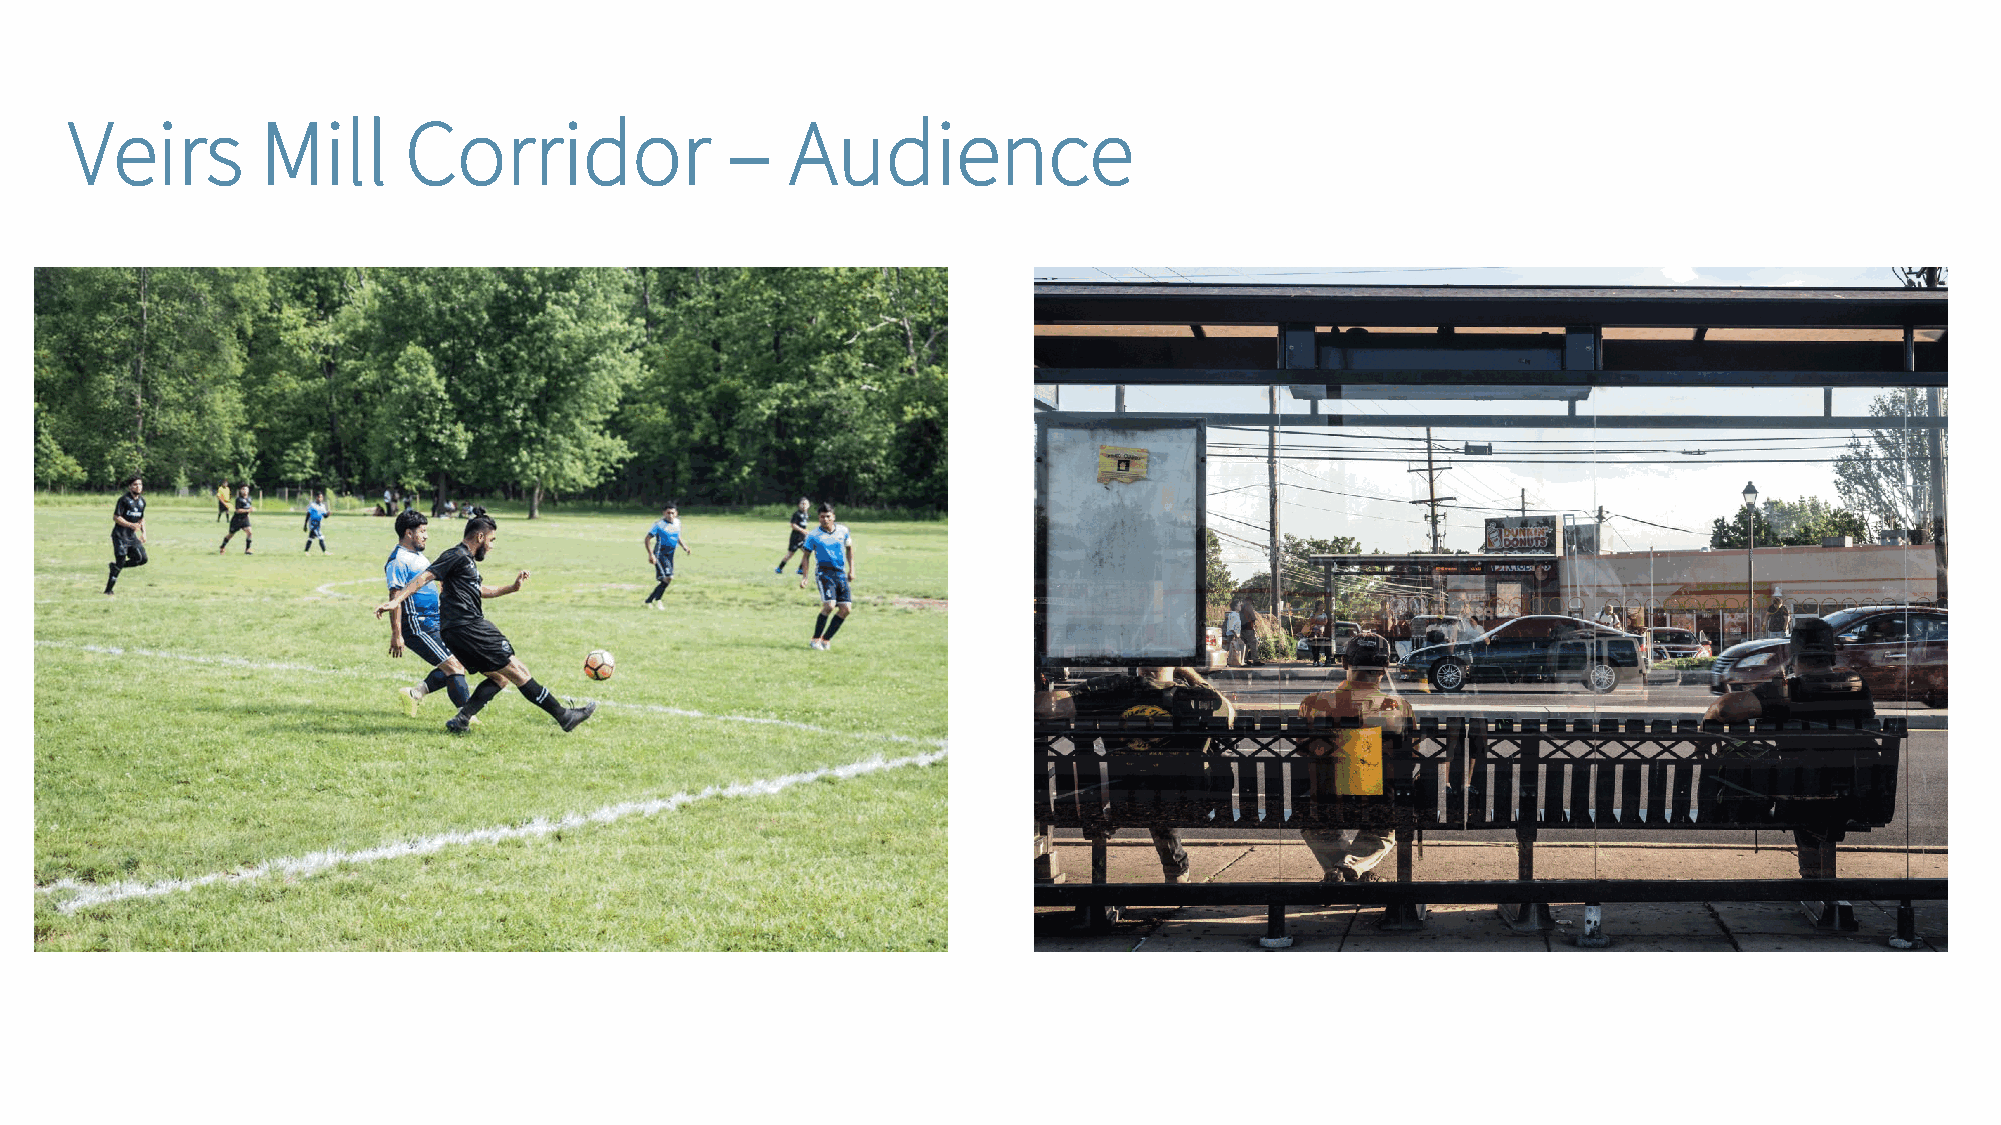
Veirs       Mill      Corridor             –   Audience